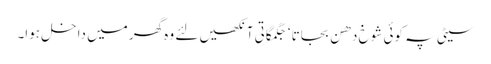
سیٹی پہ کوئی شوخ دھن بجاتا ‘ جگمگاتی آنکھیں لئے وہ گھر میں داخل ہوا۔